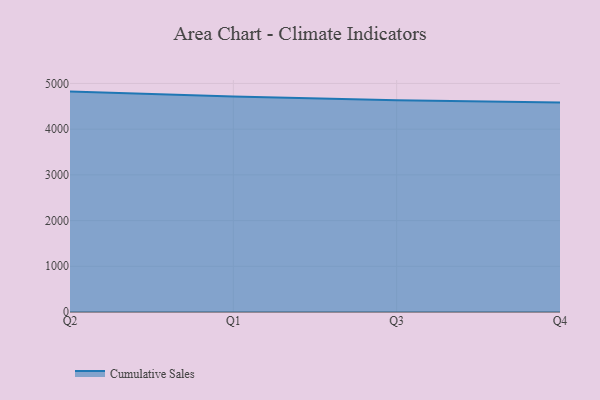
{"axis": {"x": "Quarter", "y": "Inventory Turnover"}, "legend": ["Cumulative Sales"], "data": [{"x": "Q2", "y": 4821.6, "type": "Cumulative Sales"}, {"x": "Q1", "y": 4716.4, "type": "Cumulative Sales"}, {"x": "Q3", "y": 4635.1, "type": "Cumulative Sales"}, {"x": "Q4", "y": 4582.1, "type": "Cumulative Sales"}]}